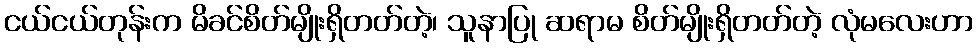
ငယ်ငယ်တုန်းက မိခင်စိတ်မျိုးရှိတတ်တဲ့၊ သူနာပြု ဆရာမ စိတ်မျိုးရှိတတ်တဲ့ လုံမလေးဟာ